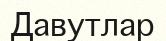
Давутлар